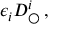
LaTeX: \epsilon _ { i } D _ { \bigcirc } ^ { i } \, ,